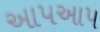
આપઆપ